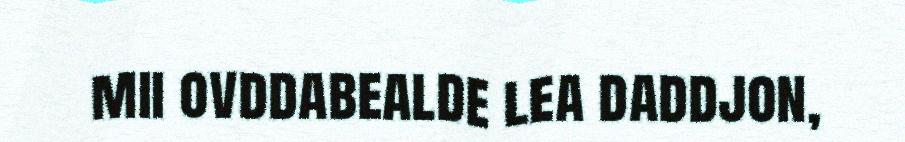
mii ovddabealde lea daddjon,